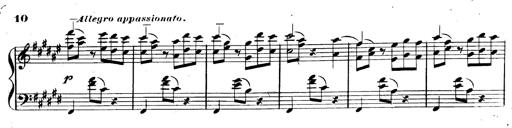
Title: 3 Caprices-Valses
Composer: Franz Liszt